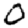
Digit: 0